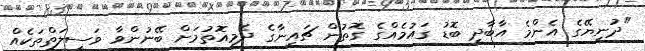
"ދުނިޔޭގެ އެންމެ އާބާދީ ބޮޑު ގައުމެއްގެ ގޮތުން ޗައިނާގެ ދެމިއޮތުމަށް ބޭނުންވާ ވަސީލަތްތަކެއް